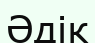
Әдік